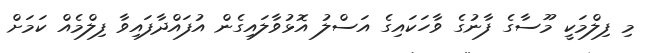
މި ފިލްމަކީ މޫސާގެ ފާނުގެ ވާހަކައިގެ އަސްލު އޮޅުވާލައިގެން އުފައްދާފައިވާ ފިލްމެއް ކަމަށް